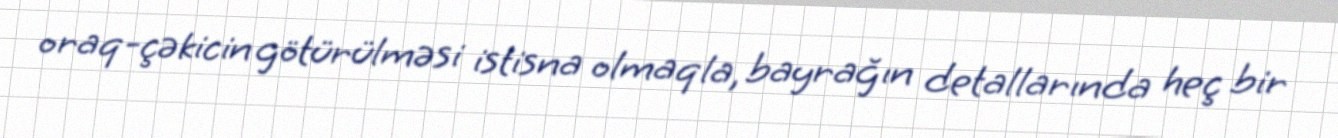
oraq-çəkicin götürülməsi istisna olmaqla, bayrağın detallarında heç bir